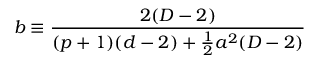
b \equiv \frac { 2 ( D - 2 ) } { ( p + 1 ) ( d - 2 ) + \frac { 1 } { 2 } a ^ { 2 } ( D - 2 ) }